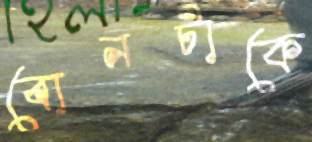
বোনটাকে